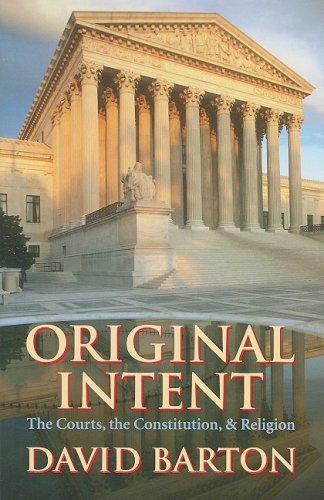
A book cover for Original Intent: The Courts, the Constitution, & Religion; David Barton; Law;